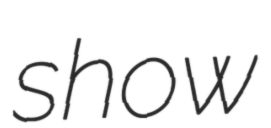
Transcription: show